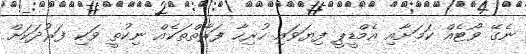
ނެގޭ ވޯޓެއް ކަމަށާއި އެމްޑީޕީ ފިޔަވައި ހުރިހާ ފަރާތްތަކެއް ނިކުތީ ވަކި ފަރުދަކަށް